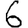
Digit: 6